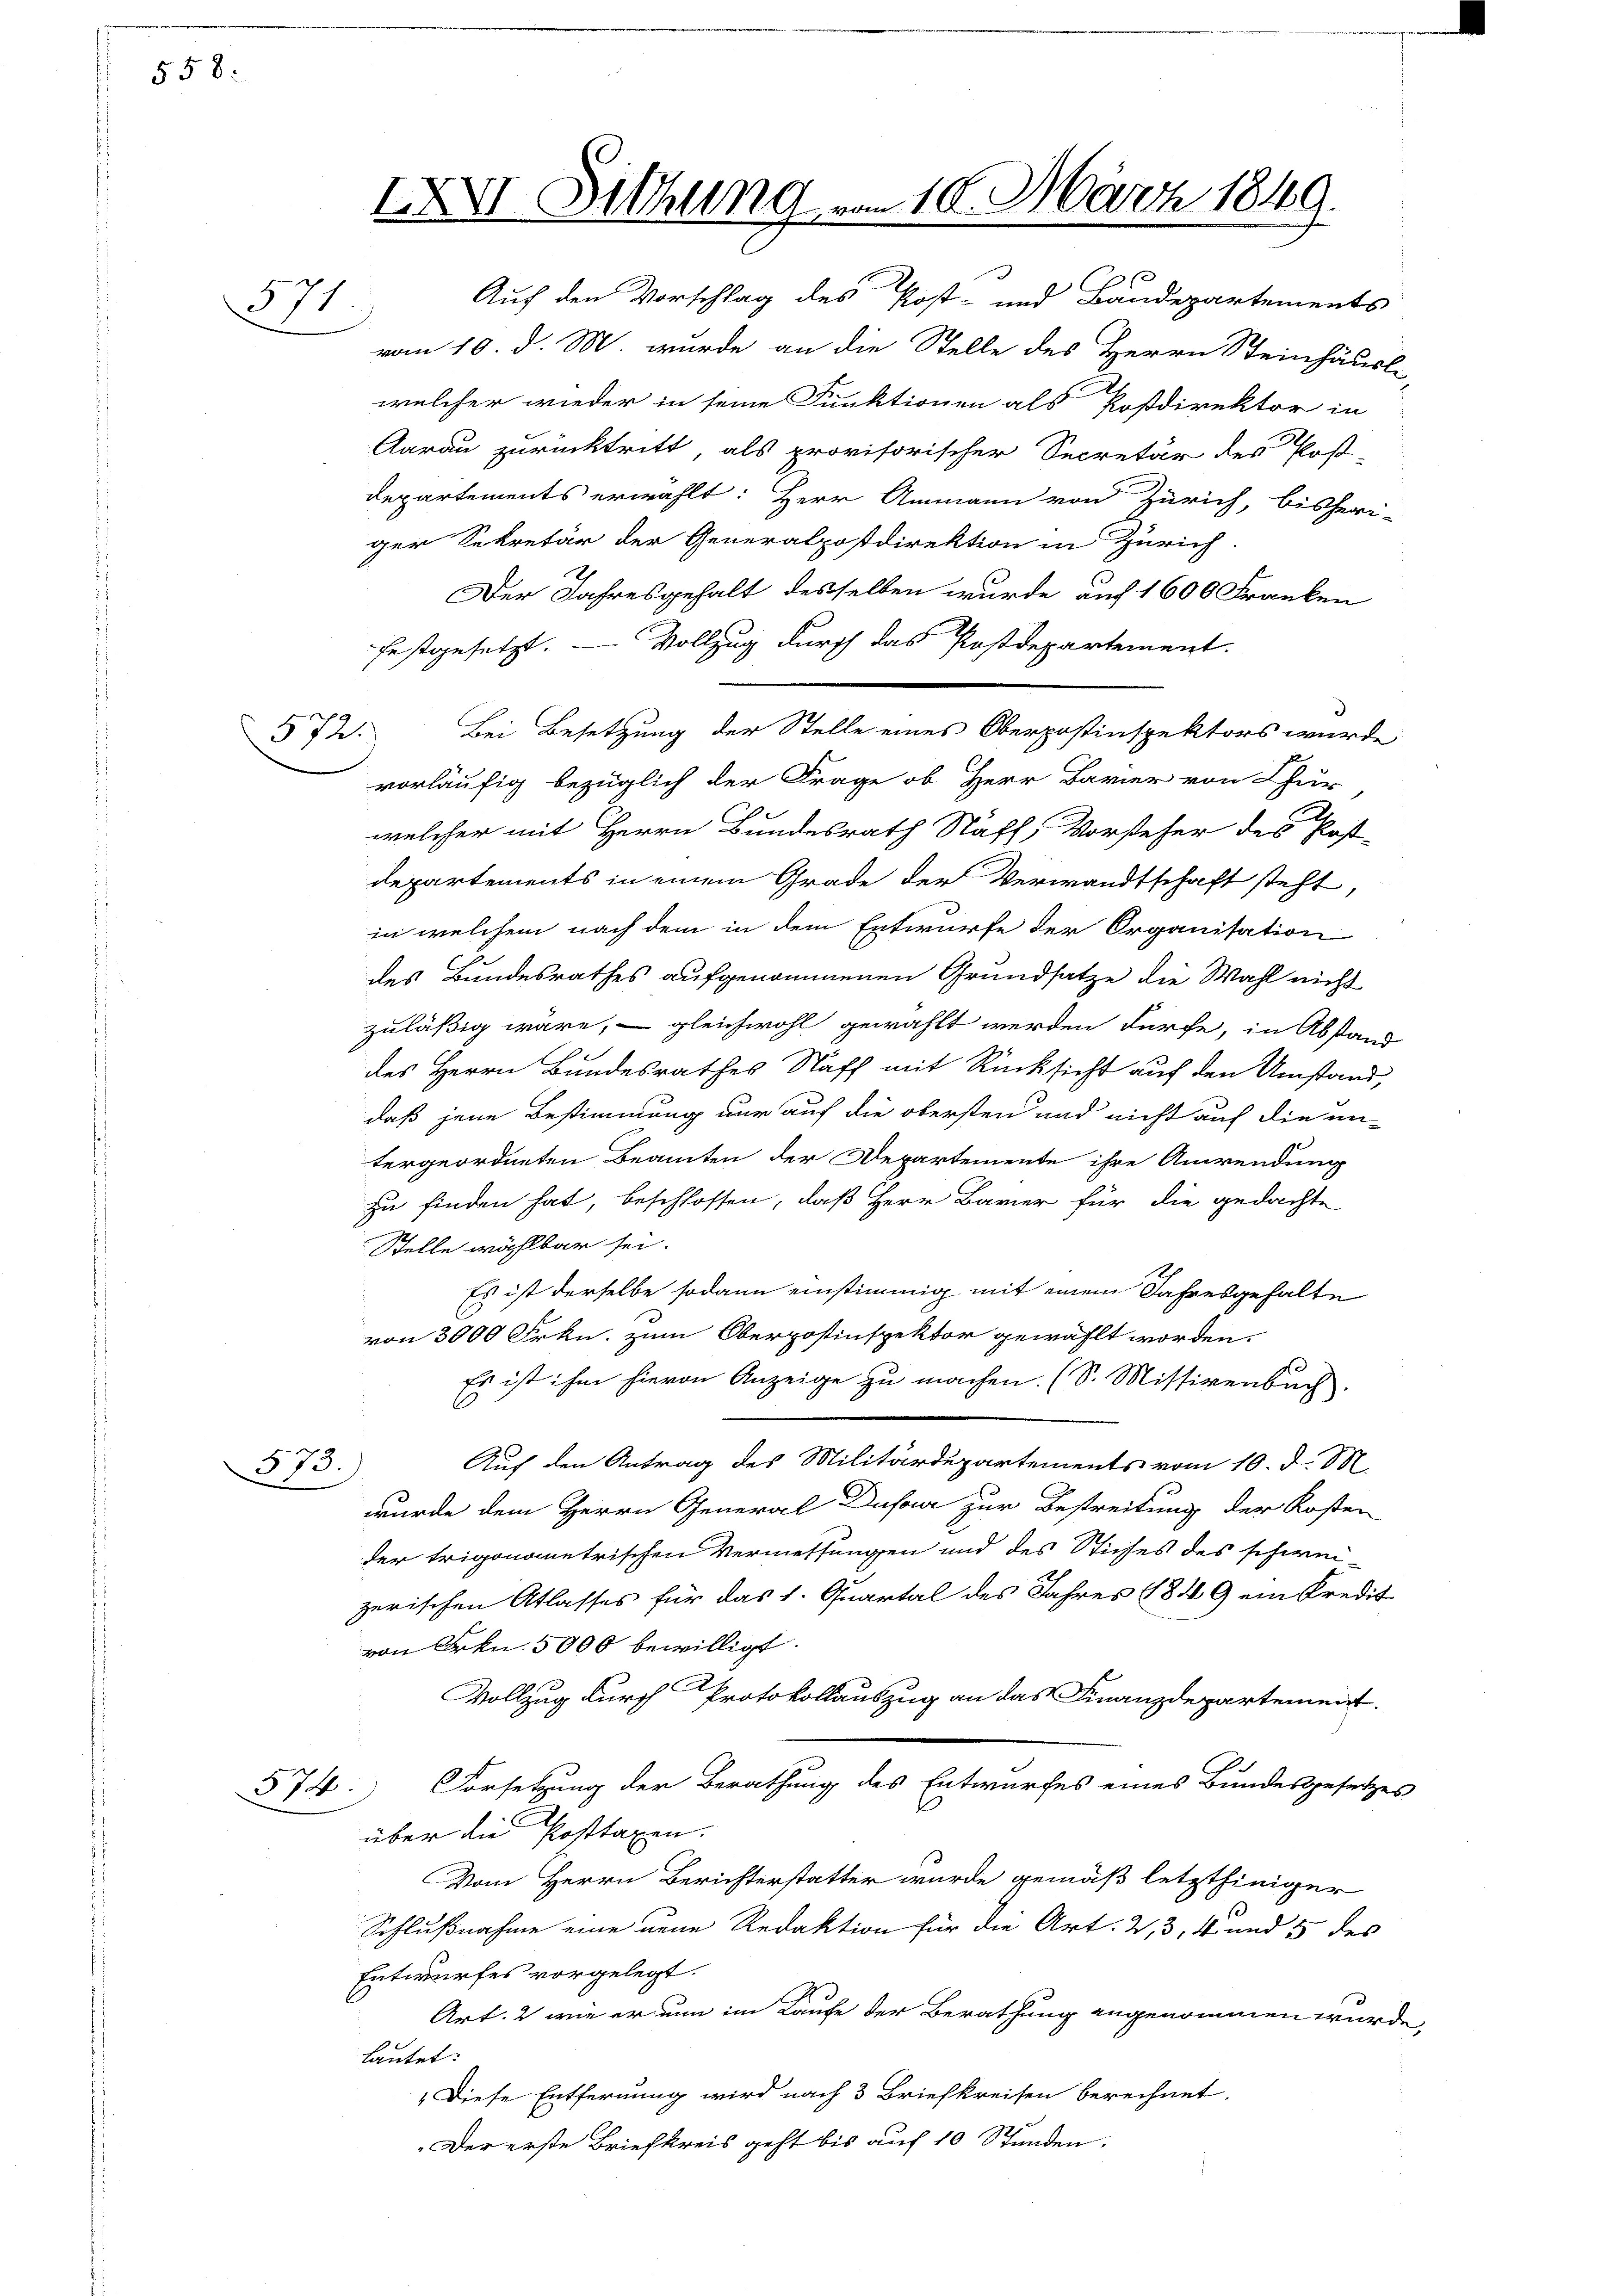
558:

571.

572.

573.

574

XXXVI Sitzung vom 10. März 1849.

Auf den Vorschlag des Post- und Baudepartements
vom 10. d. M. wurde an die Stelle des Herrn Steinhäusle
welcher wieder in seine Funktionen als Postdirektor in
Aarau zurücktritt, als provisorischer Secretär des Post-
Departements erwählt: Herr Ammann von Zürich, bisheri-
ger Sekretär der Generalpostdirektion in Zürich
Der Jahresgehalt desselben wurde auf 1600 Franken
festgesetzt. — Vollzug durch das Postdepartement.
Bei Besetzung der Stelle eines Oberpostinspektors wurde
vorläufig bezüglich der Frage ob Herr Bavier von Chur
welcher mit Herrn Bundesrath Stäff, Vorsteher des Post-
departements in einem Grade der Verwandtschaft steht,
in welchem nach dem in dem Entwurfe der Organisation
des Bundesrathes aufgenommenen Grundsatze die Wahl nicht
zuläßig wäre, – gleichwohl gewählt werden dürfe, in Abstand
e
des Herrn Bundesrathes Staff mit Rücksicht auf den Umstand,
daß jene Bestimmung nur auf die obersten und nicht auf die un-
tergeordneten Beamten der Departemente ihre Anwendung
zu finden hat, beschlossen, daß Herr Bavier für die gedachte
Stelle wählbar sei.
Es ist derselbe sodann einstimmig mit einem Jahresgehalte
von 3000 Frkn. zum Oberpostinspektor gewählt worden.
Es ist ihm hievon Anzeige zu machen. (S. Missivenbuch.
Auf den Antrag des Militärdepartements vom 10. d. M
wurde dem Herrn General Dufour zur Bestreitung der Kosten
der trigonometrischen Vermessungen und des Stiches des schwei-
zerischen Atlasses für das 1. Quartal des Jahres 1849 ein Kredit
von Frkn. 5000 bewilligt.
Vollzug durch Protokollauszug an das Finanzdepartement.
Vorsetzung der Berathung des Entwurfes eines Bundesgesetzes
über die Posttaxen.
Vom Herrn Berichterstatter wurde gemäß letzthiniger
Schlußnahme eine neue Redaktion für die Art. 2, 3, 4 und 5 des
Entwurfes vorgelegt.
Art. 2 wie er nun im Laufe der Berathung angenommen würde,
lautet:
„Diese Entfernung wird nach 3 Briefkreisen berechnet.
Der erste Briefkreis geht bis auf 10 Stunden.